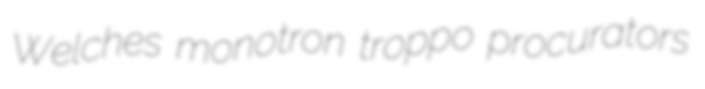
Welches monotron troppo procurators